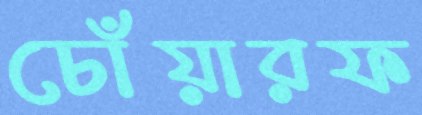
চোঁয়ারফ